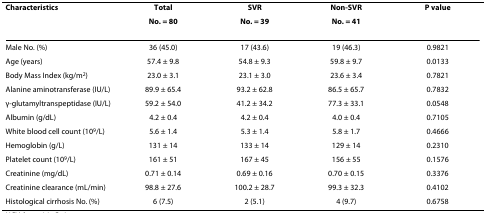
<table><thead><tr><td><b>Characteristics</b></td><td><b>Total</b></td><td><b>SVR</b></td><td><b>Non-SVR</b></td><td><b>P value</b></td></tr><tr><td></td><td><b>No. = 80</b></td><td><b>No. = 39</b></td><td><b>No. = 41</b></td><td></td></tr></thead><tbody><tr><td>Male No. (%)</td><td>36 (45.0)</td><td>17 (43.6)</td><td>19 (46.3)</td><td>0.9821</td></tr><tr><td>Age (years)</td><td>57.4 ± 9.8</td><td>54.8 ± 9.3</td><td>59.8 ± 9.7</td><td>0.0133</td></tr><tr><td>Body Mass Index (kg/m<sup>2</sup>)</td><td>23.0 ± 3.1</td><td>23.1 ± 3.0</td><td>23.6 ± 3.4</td><td>0.7821</td></tr><tr><td>Alanine aminotransferase (IU/L)</td><td>89.9 ± 65.4</td><td>93.2 ± 62.8</td><td>86.5 ± 65.7</td><td>0.7832</td></tr><tr><td>γ-glutamyltranspeptidase (IU/L)</td><td>59.2 ± 54.0</td><td>41.2 ± 34.2</td><td>77.3 ± 33.1</td><td>0.0548</td></tr><tr><td>Albumin (g/dL)</td><td>4.2 ± 0.4</td><td>4.2 ± 0.4</td><td>4.0 ± 0.4</td><td>0.7105</td></tr><tr><td>White blood cell count (10<sup>9</sup>/L)</td><td>5.6 ± 1.4</td><td>5.3 ± 1.4</td><td>5.8 ± 1.7</td><td>0.4666</td></tr><tr><td>Hemoglobin (g/L)</td><td>131 ± 14</td><td>133 ± 14</td><td>129 ± 14</td><td>0.2310</td></tr><tr><td>Platelet count (10<sup>9</sup>/L)</td><td>161 ± 51</td><td>167 ± 45</td><td>156 ± 55</td><td>0.1576</td></tr><tr><td>Creatinine (mg/dL)</td><td>0.71 ± 0.14</td><td>0.69 ± 0.16</td><td>0.70 ± 0.15</td><td>0.3376</td></tr><tr><td>Creatinine clearance (mL/min)</td><td>98.8 ± 27.6</td><td>100.2 ± 28.7</td><td>99.3 ± 32.3</td><td>0.4102</td></tr><tr><td>Histological cirrhosis No. (%)</td><td>6 (7.5)</td><td>2 (5.1)</td><td>4 (9.7)</td><td>0.6758</td></tr></tbody></table>